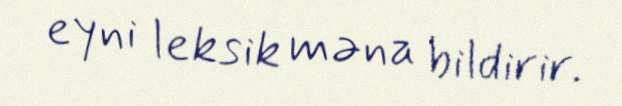
eyni leksik məna bildirir.